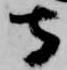
守